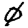
Digit: 0